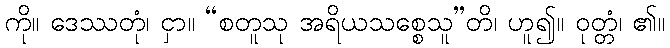
ကို။ ဒေဿတုံ၊ ငှာ။ “စတူသု အရိယသစ္စေသူ”တိ၊ ဟူ၍။ ဝုတ္တံ၊ ၏။